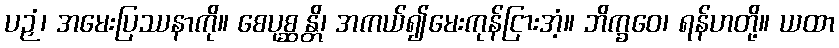
ပဉှံ၊ အမေးပြဿနာကို။ စေပုစ္ဆန္တိ၊ အကယ်၍မေးကုန်ငြားအံ့။ ဘိက္ခဝေ၊ ရန်ဟတို့။ ယထာ